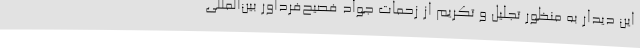
این دیدار به منظور تجلیل و تکریم از زحمات جواد فصیح‌فرداور بین‌المللی